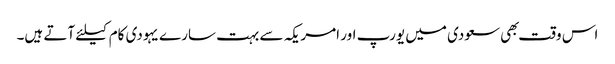
اس وقت بهی سعودی میں یورپ اور امریکہ سے بہت سارے یہودی کام کیلئے آتے ہیں۔